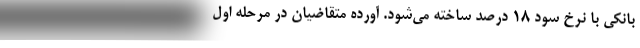
بانکی با نرخ سود ۱۸ درصد ساخته می‌شود. آورده متقاضیان در مرحله اول